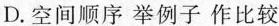
D.空间顺序 举例子作比较